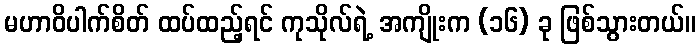
မဟာဝိပါက်စိတ် ထပ်ထည့်ရင် ကုသိုလ်ရဲ့ အကျိုးက (၁၆) ခု ဖြစ်သွားတယ်။